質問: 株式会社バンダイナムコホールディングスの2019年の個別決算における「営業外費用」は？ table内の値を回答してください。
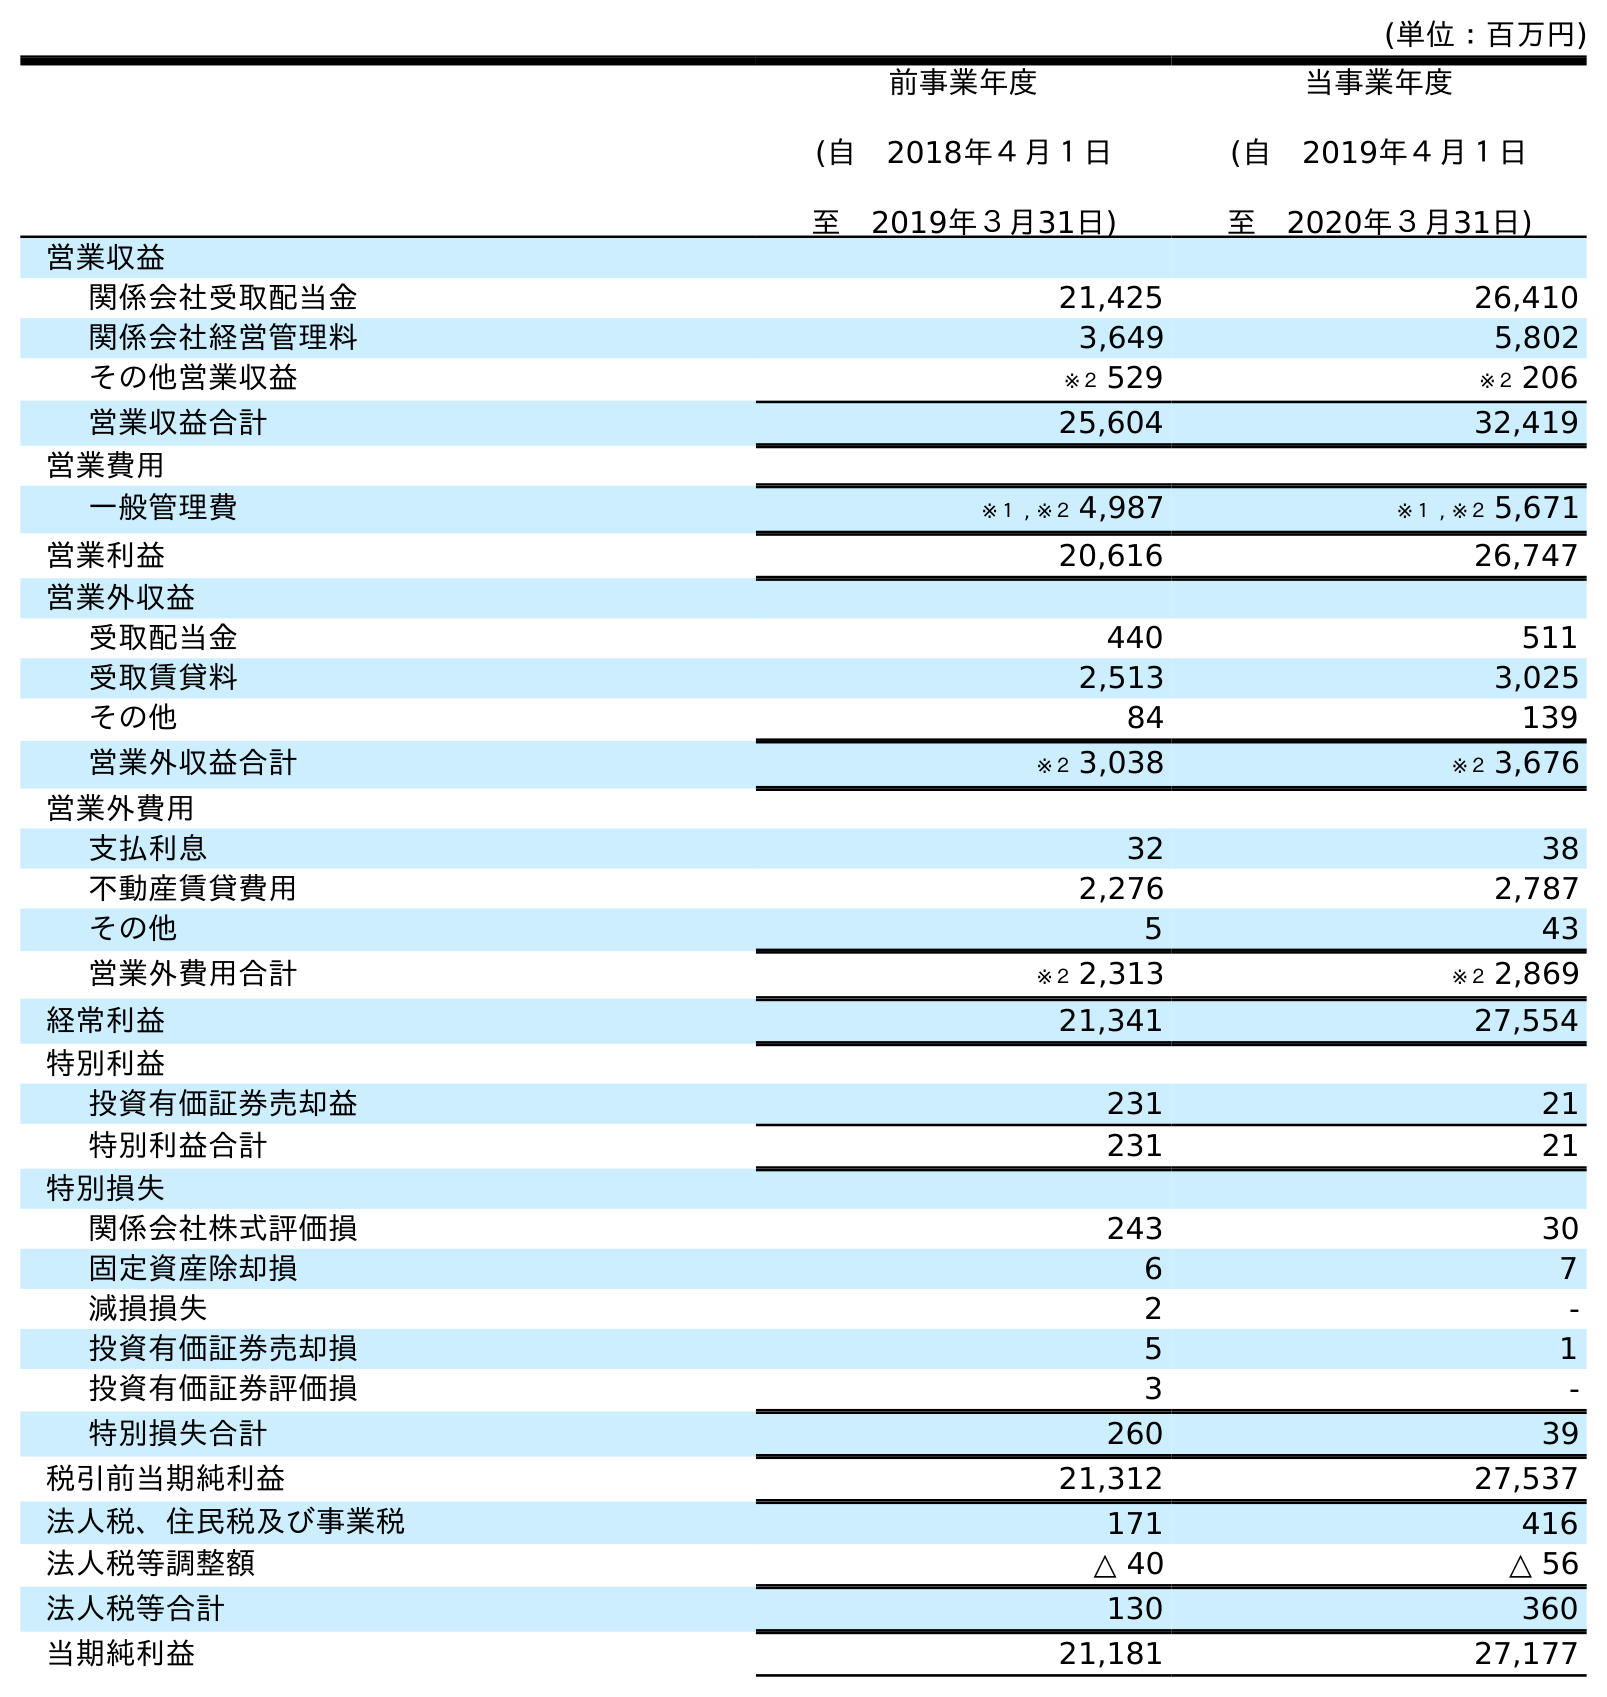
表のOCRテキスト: (単位：百万円) 前事業年度 (自 2018年４月１日 至 2019年３月31日) 当事業年度 (自 2019年４月１日 至 2020年３月31日) 営業収益 関係会社受取配当金 21,425 26,410 関係会社経営管理料 3,649 5,802 その他営業収益 ※２ 529 ※２ 206 営業収益合計 25,604 32,419 営業費用 一般管理費 ※１ , ※２ 4,987 ※１ , ※２ 5,671 営業利益 20,616 26,747 営業外収益 受取配当金 440 511 受取賃貸料 2,513 3,025 その他 84 139 営業外収益合計 ※２ 3,038 ※２ 3,676 営業外費用 支払利息 32 38 不動産賃貸費用 2,276 2,787 その他 5 43 営業外費用合計 ※２ 2,313 ※２ 2,869 経常利益 21,341 27,554 特別利益 投資有価証券売却益 231 21 特別利益合計 231 21 特別損失 関係会社株式評価損 243 30 固定資産除却損 6 7 減損損失 2 - 投資有価証券売却損 5 1 投資有価証券評価損 3 - 特別損失合計 260 39 税引前当期純利益 21,312 27,537 法人税、住民税及び事業税 171 416 法人税等調整額 △ 40 △ 56 法人税等合計 130 360 当期純利益 21,181 27,177
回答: ※２2,313